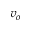
v _ { o }